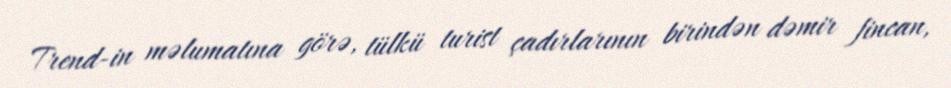
Trend-in məlumatına görə, tülkü turist çadırlarının birindən dəmir fincan,